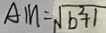
A M = \sqrt { b ^ { 2 } + 1 }